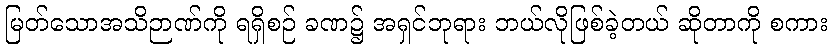
မြတ်သောအသိဉာဏ်ကို ရရှိစဉ် ခဏ၌ အရှင်ဘုရား ဘယ်လိုဖြစ်ခဲ့တယ် ဆိုတာကို စကား